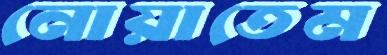
নোয়াতেম